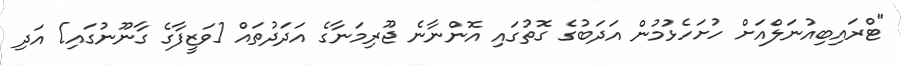
"ޓްރައިބިއުނަލްއަށް ހުށަހެޅުމުން އަދަބުގެ ގޮތުގައި އޮންނާނެ ޖޫރިމަނާގެ އަދަދުތައް [ވަޒީފާގެ ގާނޫނުގައި] އަދި